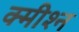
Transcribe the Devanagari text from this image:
क्मीश्न